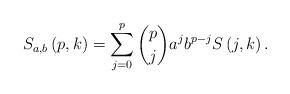
LaTeX: \begin{align*}S_{a,b}\left( p,k\right) =\sum_{j=0}^{p}\binom{p}{j}a^{j}b^{p-j}S\left(j,k\right) . \end{align*}